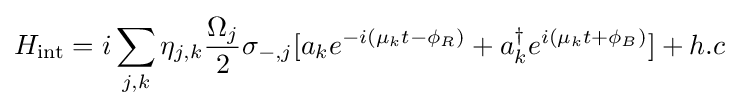
H_{\rm {int}}=i\sum _{j,k}\eta _{j,k}{\frac {\Omega _{j}}{2}}\sigma _{-,j}[a_{k}e^{-i(\mu _{k}t-\phi _{R})}+a_{k}^{\dagger }e^{i(\mu _{k}t+\phi _{B})}]+h.c